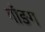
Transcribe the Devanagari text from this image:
गाँङग